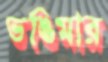
ভঙিমার